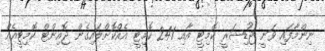
ނިންމާފައި ވަނީ ޖުޑިޝަރީ ކޮމިޓީ އާއި 241 ކޮމިޓީ އެއްކޮށްލައިގެން ޖޮއިިންޓް ކޮމިޓީއެއް